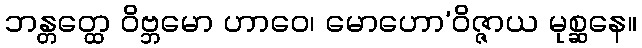
ဘန္တတ္ထေ ဝိဗ္ဘမော ဟာဝေ၊ မောဟော’ဝိဇ္ဇာယ မုစ္ဆနေ။